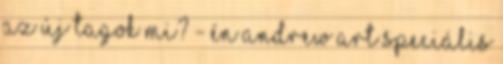
az új tagok mi? - Én Andrew Art speciális